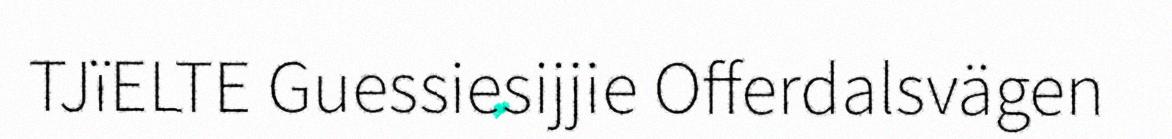
TJïELTE Guessiesijjie Offerdalsvägen